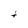
Character: t